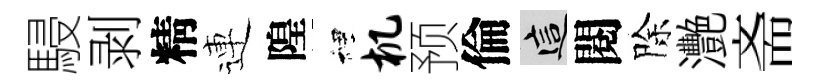
駸剥精連隍裡机预倫這閱除灧斋